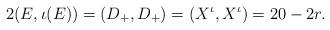
LaTeX: \begin{align*}2(E, \iota(E)) = (D_+, D_+) = (X^{\iota}, X^{\iota}) = 20-2r. \end{align*}